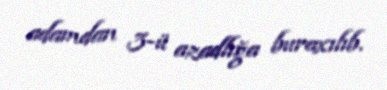
adamdan 3-ü azadlığa buraxılıb.